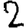
Digit: 2